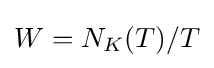
W=N_{K}(T)/T